Indian journal of veterinary science and animal husbandry - Volume 10,
Year: 1940
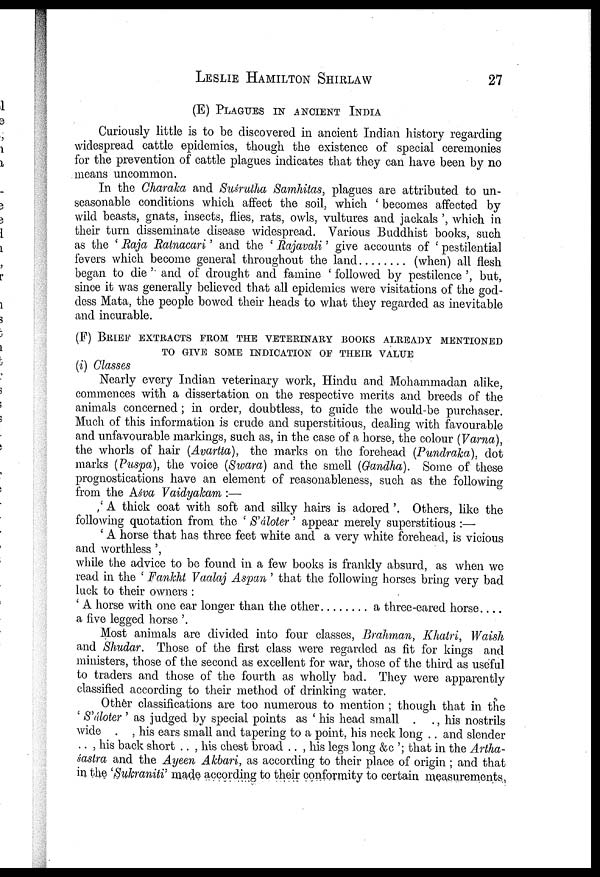
LESLIE
HAMILTON
SHIRLAW
27
(E) PLAGUES IN ANCIENT INDIA
Curiously little is to be discovered in ancient Indian history regarding
widespread cattle epidemics, though the existence of special ceremonies
for the prevention of cattle plagues indicates that they can have been by no
means uncommon.
In the Charaka and Suśrutha Samhitas, plagues are attributed to un
seasonable conditions which affect the soil, which ' becomes affected by
wild beasts, gnats, insects, flies, rats, owls, vultures and jackals ', which in
their turn disseminate disease widespread. Various Buddhist books, such
as the ' Raja Ratnacari' and the ' Rajavali' give accounts of ' pestilential
fevers which become general throughout the land
(when) all flesh
began to die ' and of drought and famine ' followed by pestilence ', but,
since it was generally believed that all epidemics were visitations of the god
dess Mata, the people bowed their heads to what they regarded as inevitable
and incurable.
(F) BRIEF EXTRACTS FROM THE VETERINARY BOOKS ALREADY MENTIONED
TO GIVE SOME INDICATION OF THEIR VALUE
(i) Classes
Nearly every Indian veterinary work, Hindu and Mohammadan alike,
commences with a dissertation on the respective merits and breeds of the
animals concerned; in order, doubtless, to guide the would-be purchaser.
Much of this information is crude and superstitious, dealing with favourable
and unfavourable markings, such as, in the case of a horse, the colour (Varna),
the whorls of hair (Avartta), the marks on the forehead (Pundraka), dot
marks (Puspa), the voice (Swara) and the smell (Gandha). Some of these
prognostications have an element of reasonableness, such as the following
from the Aśva Vaidyakam :—
' A thick coat with soft and silky hairs is adored '. Others, like the
following quotation from the ' S'áloter ' appear merely superstitious :—
' A horse that has three feet white and a very white forehead, is vicious
and worthless ',
while the advice to be found in a few books is frankly absurd, as when we
read in the ' Fankht Vaalaj Aspan ' that the following horses bring very bad
luck to their owners :
' A horse with one ear longer than the other
a three-eared horse....
a five legged horse '.
Most animals are divided into four classes, Brahman, Khatri, Waish
and Shudar. Those of the first class were regarded as fit for kings and
ministers, those of the second as excellent for war, those of the third as useful
to traders and those of the fourth as wholly bad. They were apparently
classified according to their method of drinking water.
Other classifications are too numerous to mention ; though that in the
' S'áloter ' as judged by special points as ' his head small . ., his nostrils
wide . , his ears small and tapering to a point, his neck long . . and slender
.. , his back short .. , his chest broad .. , his legs long &c '; that in the Artha¬
sastra and the Ayeen Akbari, as according to their place of origin ; and that
in the 'Sukraniti' made according to their conformity to certain measurements,